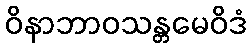
ဝိနာဘာဝသန္တမေဝိဒံ